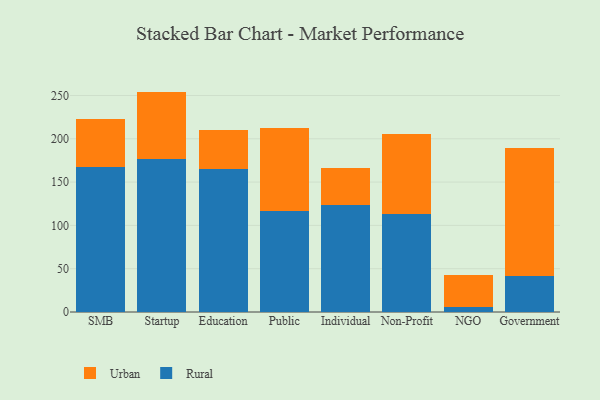
{"axis": {"x": "Segment", "y": "Operating Costs (USD K)"}, "legend": ["Rural", "Urban"], "data": [{"x": "SMB", "y": 166.9, "type": "Rural"}, {"x": "SMB", "y": 55.8, "type": "Urban"}, {"x": "Startup", "y": 176.5, "type": "Rural"}, {"x": "Startup", "y": 78.0, "type": "Urban"}, {"x": "Education", "y": 164.9, "type": "Rural"}, {"x": "Education", "y": 45.7, "type": "Urban"}, {"x": "Public", "y": 116.6, "type": "Rural"}, {"x": "Public", "y": 95.3, "type": "Urban"}, {"x": "Individual", "y": 123.0, "type": "Rural"}, {"x": "Individual", "y": 43.3, "type": "Urban"}, {"x": "Non-Profit", "y": 113.3, "type": "Rural"}, {"x": "Non-Profit", "y": 92.1, "type": "Urban"}, {"x": "NGO", "y": 5.3, "type": "Rural"}, {"x": "NGO", "y": 37.8, "type": "Urban"}, {"x": "Government", "y": 41.3, "type": "Rural"}, {"x": "Government", "y": 148.3, "type": "Urban"}]}